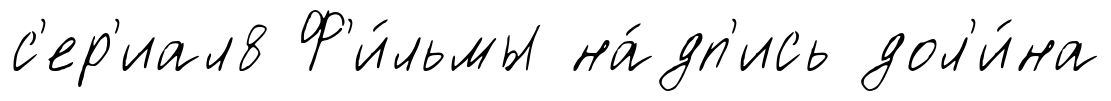
с'ер'иал8 Ф'и́льмы на́дп'ись дол'и́на